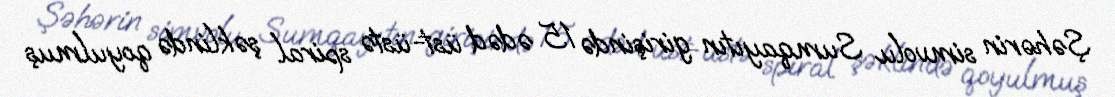
Şəhərin simvolu Sumqayıtın girişində 15 ədəd üst-üstə spiral şəklində qoyulmuş